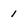
Character: 1